Civil Veterinary Dept. Bombay admin report 1907-1913 - 1907-1913
Year: 1907
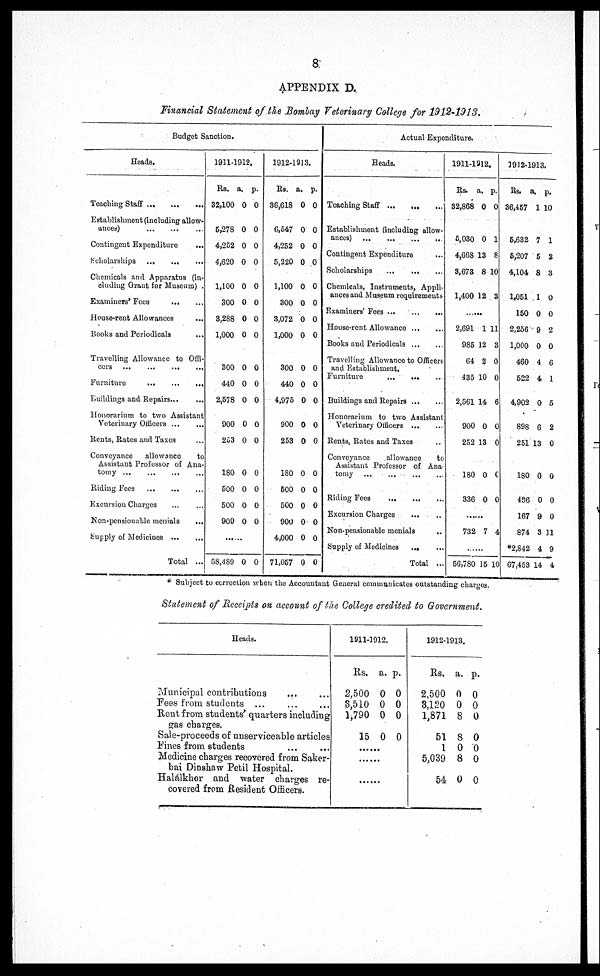
8
APPENDIX D.
Financial Statement of the Bombay Veterinary College for 1912-1913.
Budget Sanction.
Heads.
Teaching Staff
...
...
...
Establishment (including allow-
ances)
...
...
...
Contingent Expenditure ...
Scholarships
...
...
...
Chemicals and Apparatus (in-
chiding Grant for Museum) .
Examiners' Fees
...
...
House-rent Allowances ...
Books and Periodicals ...
Travelling Allowance to Offi-
cers
...
...
...
...
Furniture
...
...
...
Buildings and Repairs...
...
Honorarium to two Assistant
Veterinary Officers
...
...
Rents, Rates and Taxes ...
Conveyance
allowance
to
Assistant Professor of Ana-
tomy
...
...
...
...
Riding Fees
...
...
...
Excursion Charges ... ...
Non-pensionable menials
...
Supply of Medicines
...
...
Total ...
1911-1912.
Rs. a. p.
32,100 0 0
5,278 0 0
4,252 0 0
4,620 0 0
1,100 0 0
300 0 0
3,288 0 0
1,000 0 0
300 0 0
440 0 0
2,578 0 0
900 0 0
253 0 0
180 0 0
500 0 0
500 0 0
900 0 0
......
58,489 0 0
1912-1913.
Rs. a. p.
36,618 0 0
6,547 0 0
4,252 0 0
5,220 0 0
1,100 0 0
300 0 0
3,072 0 0
1,000 0 0
300 0 0
440 0 0
4,975 0 0
900 0 0
253 0 0
180 0 0
500 0 0
500 0 0
900 0 0
4,000 0 0
71,057 0 0
Actual Expenditure.
Heads.
Teaching Staff
...
...
...
Establishment (including allow-
ances) ...
...
...
...
Contingent Expenditure ...
Scholarships
...
...
...
Chemicals, Instruments, Appli-
ances and Museum requirements
Examiners' Fees
...
...
...
House-rent Allowance ... ...
House-rent Allowance ... ...
Books and Periodicals
...
...
Travelling Allowance to Officers
and Establishment.
Furniture
...
... ...
Buildings and Repairs ... ...
Honorarium to two Assistant
Veterinary Officers ... ...
Rents, Rates and Taxes ...
Conveyance
allowance
to
Assistant Professor of Ana-
tomy
...
...
...
...
Riding Fees
...
...
...
Excursion Charges
...
...
Non-pensionable menials
...
Supply of Medicines
... ...
Total ...
1911-1912.
Rs. a. p.
32,868 0 0
5,030 0 1
4,668 13 8
3,673 8 10
1,400 12 3
2,691 1 11
2,691 1 11
985 12 3
64 2 0
435 10 0
2,561 14 6
900 0 0
252 13 0
180 0 0
336 0 0
......
732 7 4
......
56,780 15 10
1912-1913.
Rs. a. p.
36,457 1 10
5,632 7 1
5,207 5 2
4,104 8 3
1,051 1 0
150 0 0
2,256 9 2
2,256 9 2
1,000 0 0
460 4 6
522 4 1
4,902 0 5
898 6 2
251 13 0
180 0 0
496 0 0
167 9 0
874 3 11
*2,842 4 9
67,453 14 4
* Subject to correction when the Accountant General communicates outstanding charges.
Statement of Receipts on account of the College credited to Government.
Heads.
Municipal contributions ... ...
Fees from students ... ... ...
Rent from students' quarters including
gas charges.
Sale-proceeds of unserviceable articles
Fines from students ... ...
Medicine charges recovered from Saker-
bai Dinshaw Petil Hospital.
Halálkhor and water charges re-
covered from Resident Officers.
1911-1912.
Rs.
2,500
3,510
1,790
15
......
......
......
a.
0
0
0
0
p.
0
0
0
0
1912-1913.
Rs.
2,500
3,120
1,871
51
1
5,039
54
a.
0
0
8
8
0
8
0
p.
0
0
0
0
0
0
0